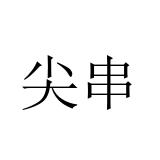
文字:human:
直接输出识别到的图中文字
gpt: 尖串